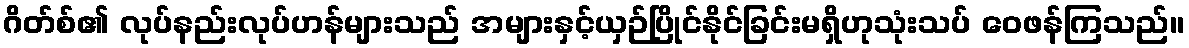
ဂိတ်စ်၏ လုပ်နည်းလုပ်ဟန်များသည် အများနှင့်ယှဉ်ပြိုင်နိုင်ခြင်းမရှိဟုသုံးသပ် ဝေဖန်ကြသည်။